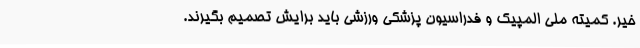
خیر. کمیته ملی المپیک و فدراسیون پزشکی ورزشی باید برایش تصمیم بگیرند.